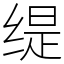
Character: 缇